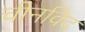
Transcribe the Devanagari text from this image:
चीनविद